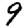
Digit: 9